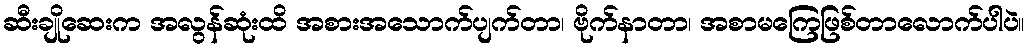
ဆီးချိုဆေးက အလွန်ဆုံးထိ အစားအသောက်ပျက်တာ၊ ဗိုက်နာတာ၊ အစာမကြေဖြစ်တာလောက်ပါပဲ။